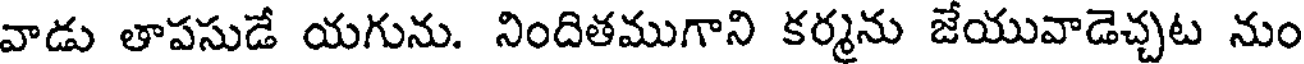
వాడు తాపసుడే యగును. నిందితముగాని కర్మను జేయువాడెచ్చట నుం